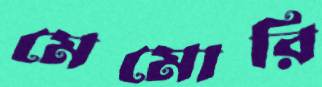
মেমোরি